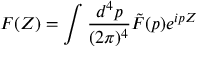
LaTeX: F ( Z ) = \int \frac { d ^ { 4 } p } { ( 2 { \pi } ) ^ { 4 } } \tilde { F } ( p ) e ^ { i p Z }